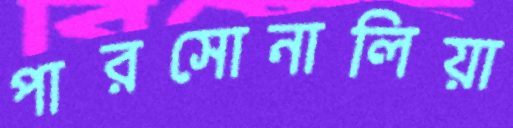
পারসোনালিয়া